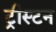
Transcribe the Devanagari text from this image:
ट्रीस्टन